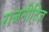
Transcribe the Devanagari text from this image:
राजनीति़ज्ञ